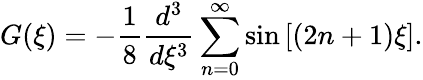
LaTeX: G(\xi)=-\frac{1}{8}\frac{d^{3}}{d\xi^{3}}\sum_{n=0}^{\infty}\sin\left[\left(2n+1\right)\xi\right].